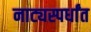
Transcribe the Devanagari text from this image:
नाट्यस्पर्धांत